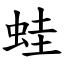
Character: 蛙